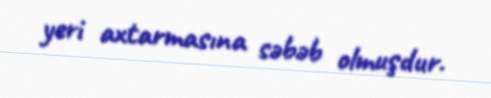
yeri axtarmasına səbəb olmuşdur.